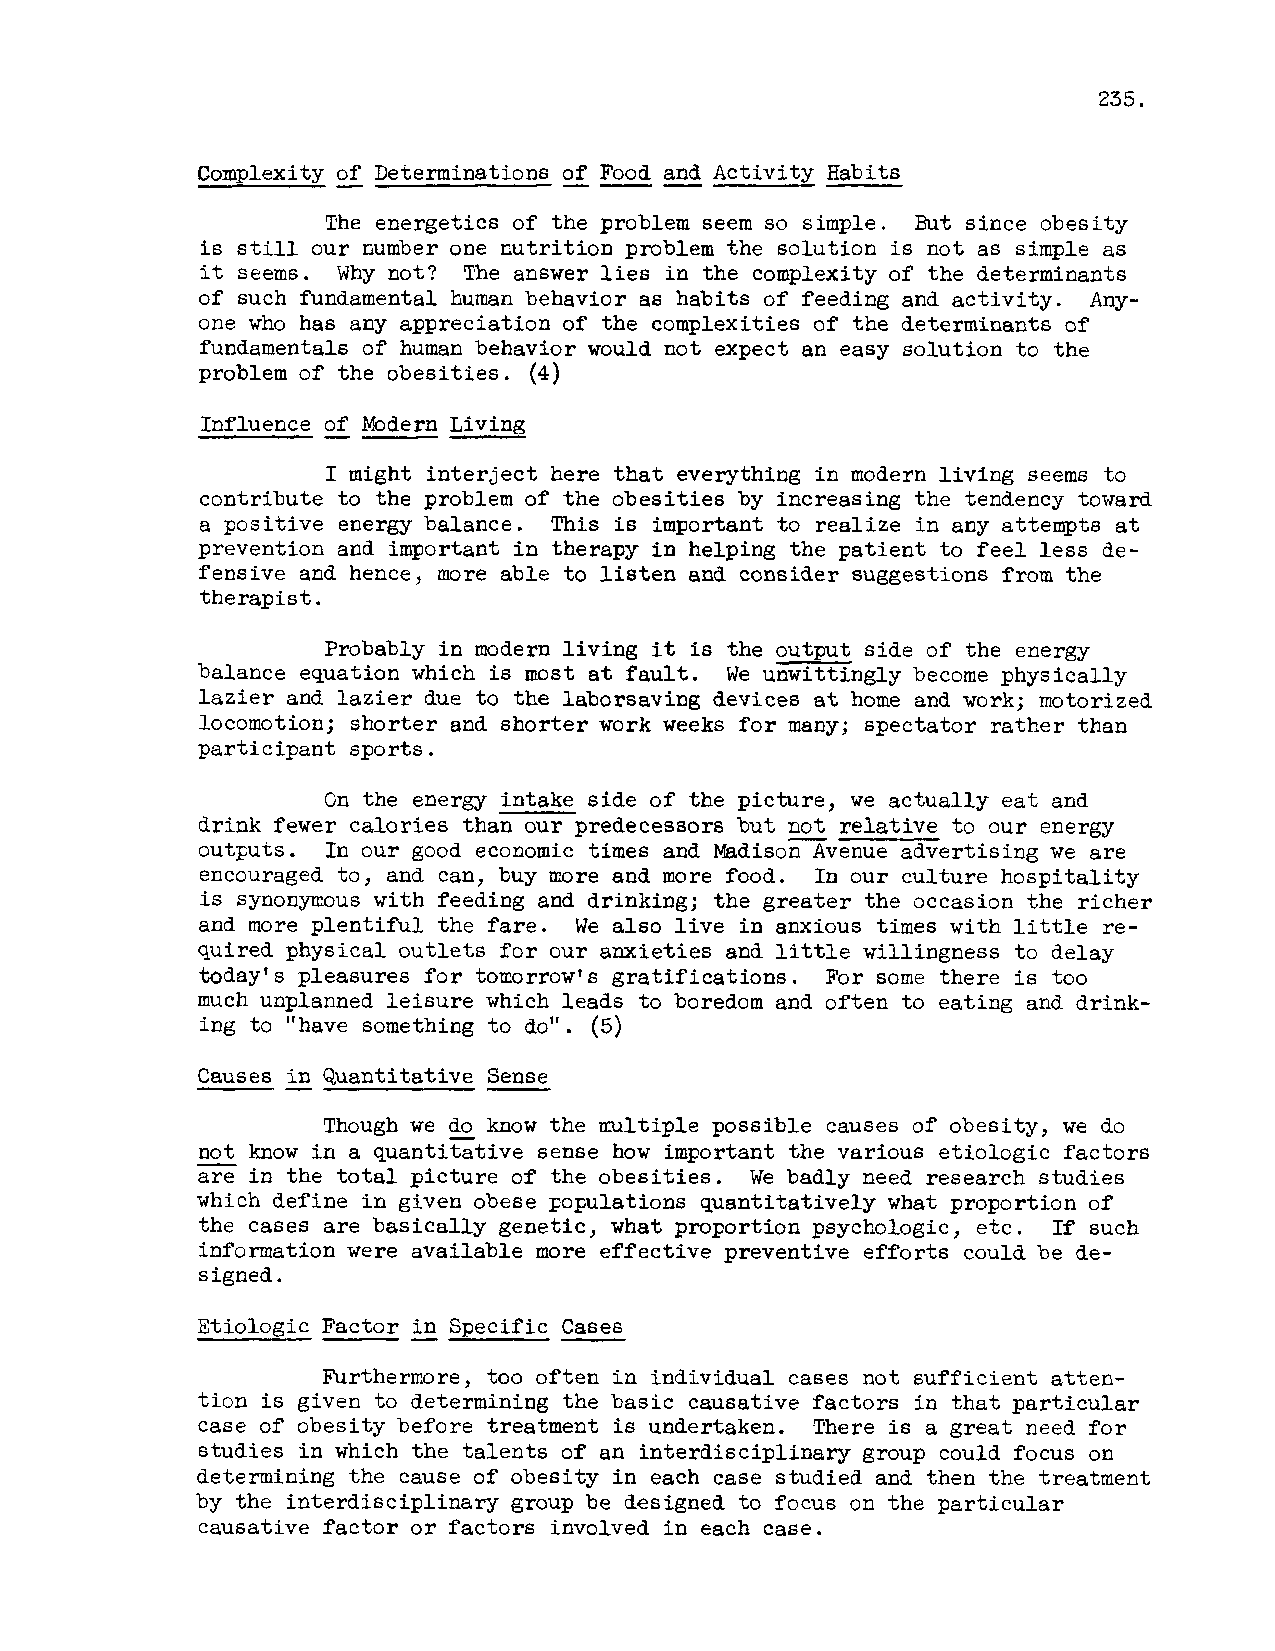
235.
 Complexity -of Determinations o-f -Foo-d a nd Activity Habits
 The energetics of the problem seem so simple. But since obesity
 is still our number one nutrition problem the solution is not as simple as
 it seems. Why not? The answer lies in the complexity of the determinants
 of such fundamental human behavior as habits of feeding and activity. Any-
 one who has any appreciation of the complexities of the determinants of
 fundamentals of human behavior would not expect an easy solution to the
 problem of the obesities. (4)
 Influence of Modern Living
 I might interject here that everything i n modern living seems to
 contribute to the problem of the obesities by increasing the tendency toward
 a positive energy balance. This is important to realize in any attempts at
 prevention and important in therapy in helping the patient to feel less de-
 fensive and hence, more able to listen and consider suggestions from the
 .
 ther ap ist
 Probably in modern living it is the output side of the energy
 balance equation which is most a t fault. We unwittingly become physically
 lazier and lazier due to the laborsaving devices at home and motorized
 work;
 locomotion; shorter and shorter work weeks for many; spectator rather than
 participant sports.
 the energy intake side of the picture, we actually eat and
 On
 drink fewer calories than our predecessors but n-ot relative to our energy
 outpts.    our good economic times and Madison Avenue advertising we are
 In
 encouraged to, and can, buy more and more food. In our culture hospitality
 is synonymous with feeding and drinking; the greater the occasion the richer
 and more plentiful the fare. We also live in anxious times with little re-
 quired physical outlets for our anxieties and little willingness to delay
 .
 today's pleasures for tomorrow' 6 gratifications For some there is too
 much unplanned leisure which leads to boredom and often to eating and drink-
 ing to ''have something to do". (5)
 -
 Causes -in Quantitative Sense
 Though we do know the multiple possible causes of obesity, we do
 -not know in a quantitative sense how important the various etiologic factors
 are   the total picture of the obesities. We badly need research studies
 in
 which define in given obese gopulations quantitatively what proportion of
 the cases are basically genetic, what proportion psychologic, etc. If such
 information were available more effective preventive efforts could be de-
 s igned.
 -
 Etiologic Factor in Specific Cases
 Furthermore, too often in individual cases not sufficient atten-
 tion is given to determining the basic causative factors in that particular
 case of obesity before treatment is undertaken. There is a great need for
 studies in which the talents of an interdisciplinary group could focus on
 determining the cause of obesity in each case studied and then the treatment
 by the interdisciplinary group be designed to focus on the particular
 causative factor or factors involved in each case.